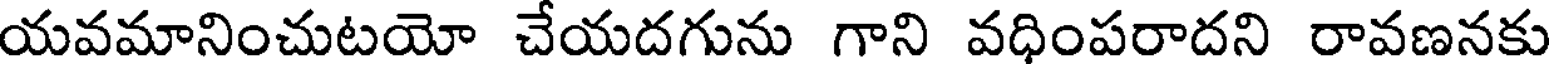
యవమానించుటయో చేయదగును గాని వధింపరాదని రావణనకు